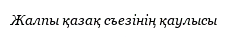
Жалпы қазақ съезінің қаулысы